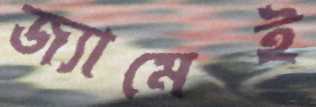
জ্যামেই